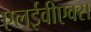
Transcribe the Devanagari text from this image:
एलईवीएक्स